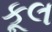
કૂલ